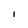
Character: I